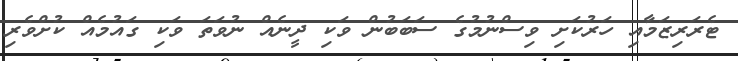
ޓެރަރިޒަމާއި ހަރުކަށި ވިސްނުމުގެ ސަބަބުން ވަކި ދީނެއް ނުވަތަ ވަކި ގައުމެއް ކުށްވެރި